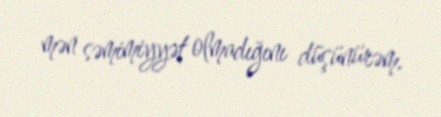
mən səmimiyyət olmadığını düşünürəm.